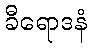
ခီရောဒနံ